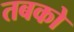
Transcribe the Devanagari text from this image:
तबको